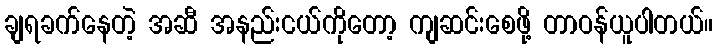
ချရခက်နေတဲ့ အဆီ အနည်းငယ်ကိုတော့ ကျဆင်းစေဖို့ တာဝန်ယူပါတယ်။